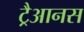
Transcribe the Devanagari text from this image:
ट्रैआनस